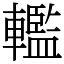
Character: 轞